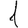
Digit: 1